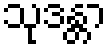
သုဒန္တာ